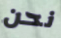
نحن